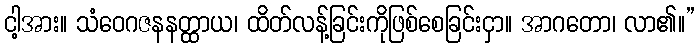
ငါ့အား။ သံဝေဂဇနနတ္ထာယ၊ ထိတ်လန့်ခြင်းကိုဖြစ်စေခြင်းငှာ။ အာဂတော၊ လာ၏။”